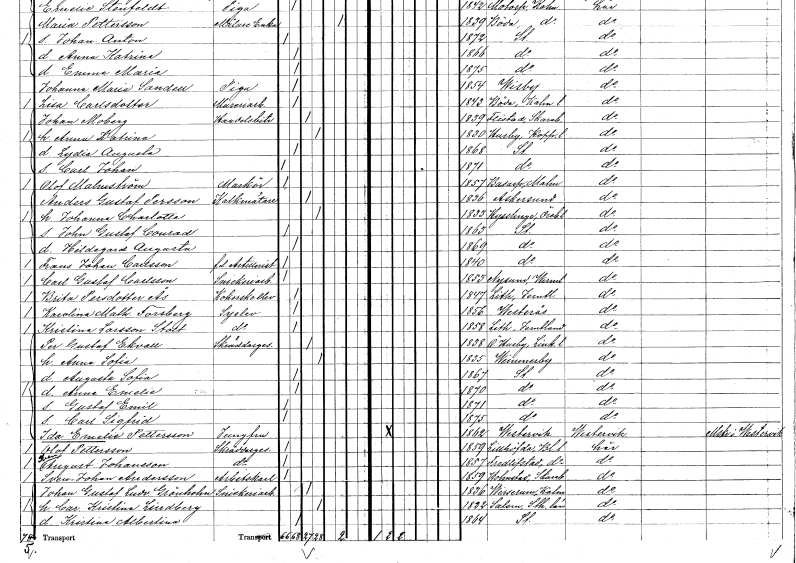
gt_parse: households: individuals: FN: Anders Gustaf
EN: Persson
YRKE: Kalkmätare
KON: M
CIV: G
FODAR: 1836
FODFORS: Askersund Örebro län
FN: Johanna Charlotta
KON: K
CIV: G
FODAR: 1833
FODFORS: Tysslinge Örebro län
FN: John Gustaf Conrad
KON: M
CIV: O
FODAR: 1863
FODFORS: Stockholm
FN: Hildegard Augusta
KON: K
CIV: O
FODAR: 1869
FODFORS: Stockholm
FN: Frans Johan
EN: Carlsson
YRKE: Artillerist f.d.
KON: M
CIV: O
FODAR: 1840
FODFORS: Stockholm
FN: Carl Gustaf
EN: Carlsson
YRKE: Snickeriarbetare
KON: M
CIV: O
FODAR: 1853
FODFORS: Nysund Örebro län
FN: Brita
EN: Persdotter Ås
YRKE: Kokerskeelev
KON: K
CIV: O
FODAR: 1847
FODFORS: Lit Jämtlands län
FN: Karolina Mathilda
EN: Forsberg
YRKE: Syelev
KON: K
CIV: O
FODAR: 1856
FODFORS: Västerås Västmanlands län
FN: Kristina
EN: Larsson Stolt
YRKE: Syelev
KON: K
CIV: O
FODAR: 1858
FODFORS: Lit Jämtlands län
FN: Per Gustaf
EN: Ekvall
YRKE: Skräddaregesäll
KON: M
CIV: G
FODAR: 1838
FODFORS: Östra Husby Östergötlands län
FN: Anna Sofia
KON: K
CIV: G
FODAR: 1835
FODFORS: Vimmerby Kalmar län
FN: Augusta Sofia
KON: K
CIV: O
FODAR: 1867
FODFORS: Stockholm
FN: Anna Emelie
KON: K
CIV: O
FODAR: 1870
FODFORS: Stockholm
FN: Gustaf Emil
KON: M
CIV: O
FODAR: 1871
FODFORS: Stockholm
FN: Carl Sigfrid
KON: M
CIV: O
FODAR: 1875
FODFORS: Stockholm
FN: Ida Emelie
EN: Pettersson
YRKE: Jungfru
KON: K
CIV: O
FODAR: 1862
FODFORS: Västervik Kalmar län
FN: Olof
EN: Pettersson
YRKE: Skräddaregesäll
KON: M
CIV: O
FODAR: 1859
FODFORS: Sillhövda Blekinge län
FN: Sven August
EN: Johansson
YRKE: Skräddaregesäll
KON: M
CIV: O
FODAR: 1857
FODFORS: Fridlevstad Blekinge län
FN: Sven Johan
EN: Andersson
YRKE: Arbetskarl
KON: M
CIV: O
FODAR: 1859
FODFORS: Holmestad Skaraborgs län
FN: Johan Gustaf Ludvig
EN: Grönholm
YRKE: Snickeriarbetare
KON: M
CIV: G
FODAR: 1836
FODFORS: Virserum Kalmar län
FN: Carolina Kristina
EN: Lindberg
KON: K
CIV: G
FODAR: 1822
FODFORS: Salem Stockholms län
FN: Kristina Albertina
KON: K
CIV: O
FODAR: 1864
FODFORS: Stockholm